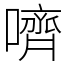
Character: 嚌